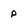
Character: p